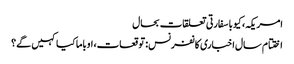
امریکہ، کیوبا سفارتی تعلقات بحال
اختتام سال اخباری کانفرنس: توقعات، اوباما کیا کہیں گے؟